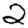
Digit: 2